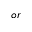
o r